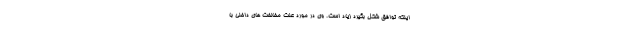
اینکه توافق شکل بگیرد زیاد است. وی در مورد علت مخالفت های داخلی با